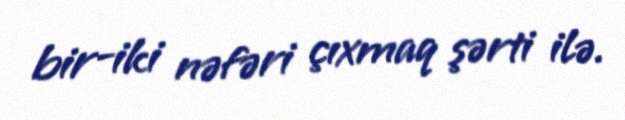
bir-iki nəfəri çıxmaq şərti ilə.